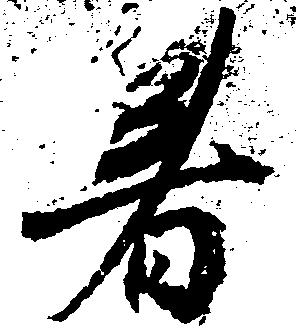
着